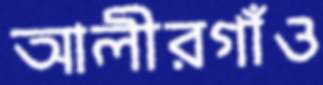
আলীরগাঁও